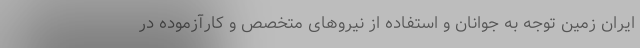
ایران زمین توجه به جوانان و استفاده از نیروهای متخصص و کارآزموده در